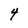
Character: 4